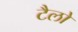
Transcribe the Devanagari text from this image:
टैलो